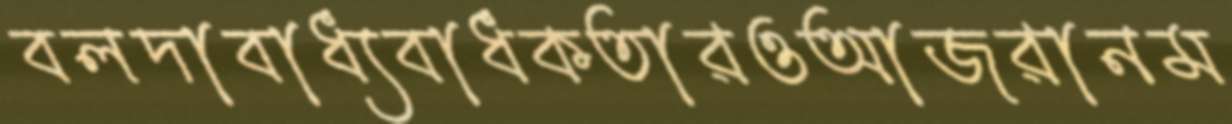
বলদাবাধ্যবাধকতারওআজরানম